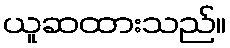
ယူဆထားသည်။